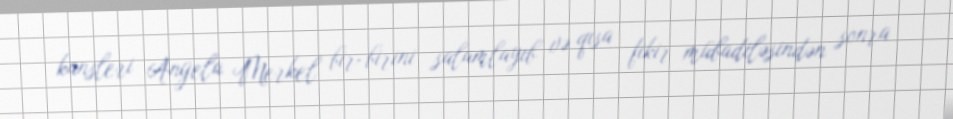
kansleri Angela Merkel bir-birini salamlayıb və qısa fikir mübadiləsindən sonra